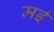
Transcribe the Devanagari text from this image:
मर्इ